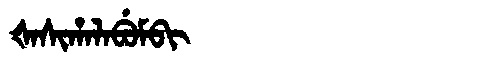
Manchu: ᡧᠠᠰᡳᡥᠠᠯᠠᠪᡠᠮᠪᡳ
Romanization: ŠASIHALABUMBI